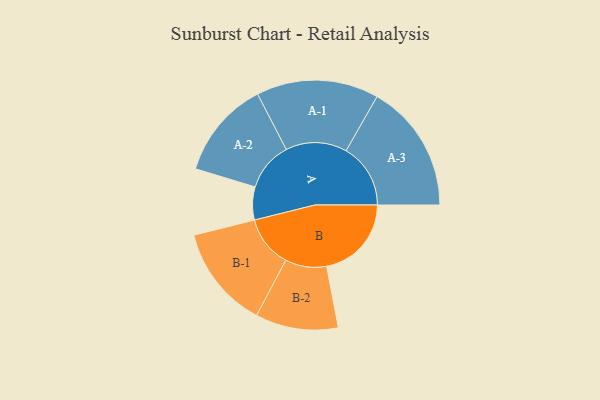
{"axis": {"x": "Segment", "y": "Value"}, "legend": ["", "A", "B"], "data": [{"x": "A", "y": 130, "type": ""}, {"x": "B", "y": 334, "type": ""}, {"x": "A-1", "y": 241, "type": "A"}, {"x": "A-2", "y": 193, "type": "A"}, {"x": "A-3", "y": 254, "type": "A"}, {"x": "B-1", "y": 203, "type": "B"}, {"x": "B-2", "y": 163, "type": "B"}]}